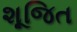
શૂજિત